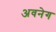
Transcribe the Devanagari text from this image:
अवनेग